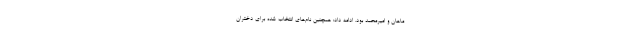
ماهان و امیرمحمد بود. ادامه داد: همچنین نام‌های انتخاب شده برای دختران